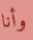
وأنا